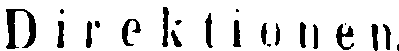
D i r e k t i o n e n.